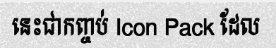
នេះជាកញ្ចប់ Icon Pack ដែល